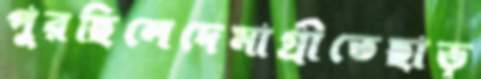
পুরছিলেদেমাগ্রীতেছাড়